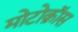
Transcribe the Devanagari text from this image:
मोटोक्राॅस